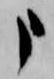
申